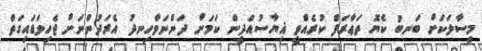
މިސާލަކަށް ބަނބު ކެޔޮ ތަޢާރަފް ކުރެއްވީ ޣިޔާސުއްދީން ކަމަށް ދަންނަވާހިނދު އެރަދުންނަށް ޖެހިވަޑައިގަތް